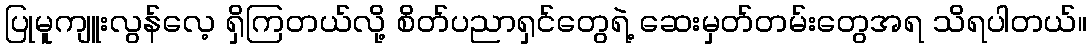
ပြုမူကျူးလွန်လေ့ ရှိကြတယ်လို့ စိတ်ပညာရှင်တွေရဲ့ ဆေးမှတ်တမ်းတွေအရ သိရပါတယ်။